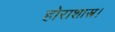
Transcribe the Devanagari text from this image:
होराशास्त्र।